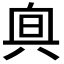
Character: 𠔙